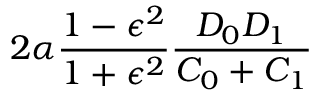
2 \alpha \frac { 1 - \epsilon ^ { 2 } } { 1 + \epsilon ^ { 2 } } \frac { D _ { 0 } D _ { 1 } } { C _ { 0 } + C _ { 1 } }